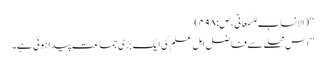
‘‘ (الانساب للسمعانی، ص:۴۹۸)
’’اس محلے سے فاضل اہلِ علم کی ایک بڑی جماعت پیدا ہوئی ہے۔